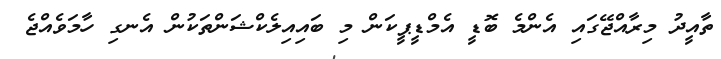
ތާއީދު މިރާއްޖޭގައި އެންމެ ބޮޑީ އެމްޑީޕީކަން މި ބައިއިލެކްޝަންތަކުން އެނގި ހާމަވެއްޖެ